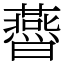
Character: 㬫